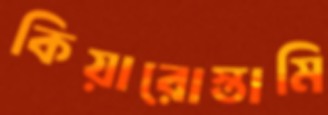
কিয়ারোস্তামি